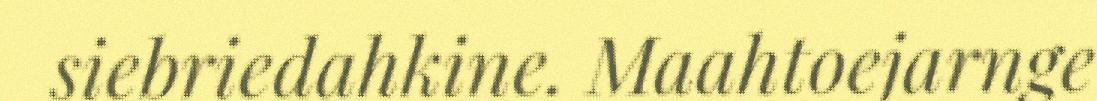
siebriedahkine. Maahtoejarnge